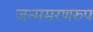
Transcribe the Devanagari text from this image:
जन्ममरणरुप